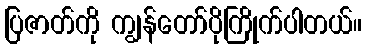
ပြဇာတ်ကို ကျွန်တော်ပိုကြိုက်ပါတယ်။